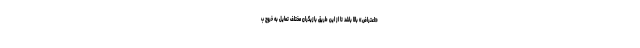
«اعتراض» بالا باشد‌ تا از این طریق بازیگران مختلف تمایل به خروج ب